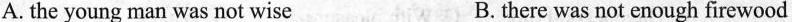
A.the young man was not wise B.there was not enough firewood